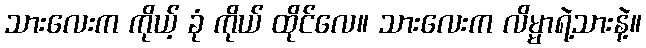
သားလေးက ကိုယ့် ခုံ ကိုယ် ထိုင်လေ။ သားလေးက လိမ္မာရဲ့သားနဲ့။